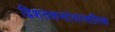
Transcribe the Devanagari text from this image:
द्विशतकसांवत्सरिक